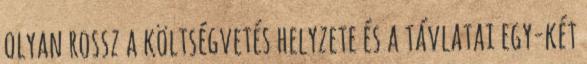
olyan rossz a költségvetés helyzete és a távlatai egy-két